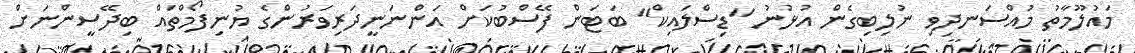
މައުލޫމާތު މުއްސަނދިވި ނުލިބިގެން އުޅުނު "ޑިސްލައިކް" ބަޓަން ފޭސްބުކަށް އަންނަނީދަރިވަރުންގެ ޔުނިފޯމްތައް ބިދޭސީންނަށް